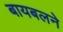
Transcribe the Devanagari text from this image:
बायबलने